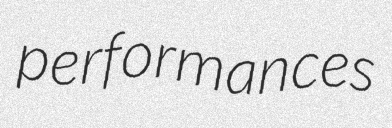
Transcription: performances